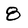
Character: 8